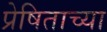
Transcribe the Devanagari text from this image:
प्रेषिताच्या